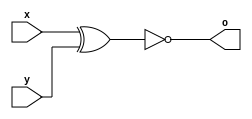
module xnor_gate_4bit(x,y,o);

input [3:0] x,y;
output [3:0] o;

assign o = ~(x ^ y);

endmodule